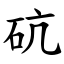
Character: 砊